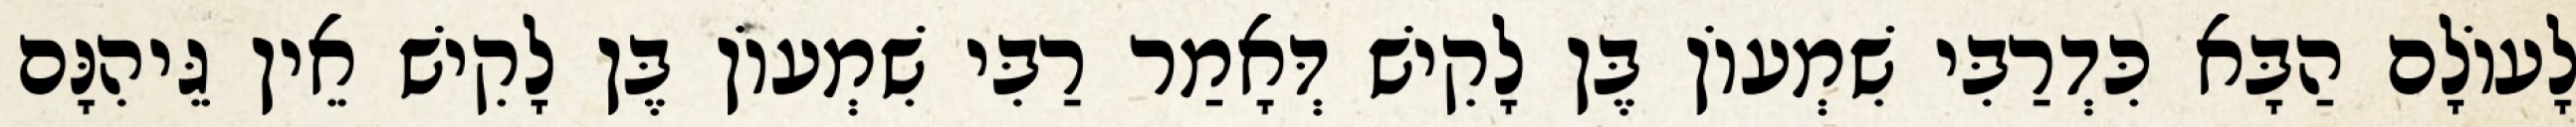
לָעוֹלָם הַבָּא כִּדְרַבִּי שִׁמְעוֹן בֶּן לָקִישׁ דְּאָמַר רַבִּי שִׁמְעוֹן בֶּן לָקִישׁ אֵין גֵּיהִנָּם